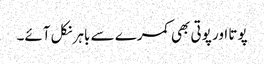
پوتا اور پوتی بھی کمرے سے باہر نکل آئے۔